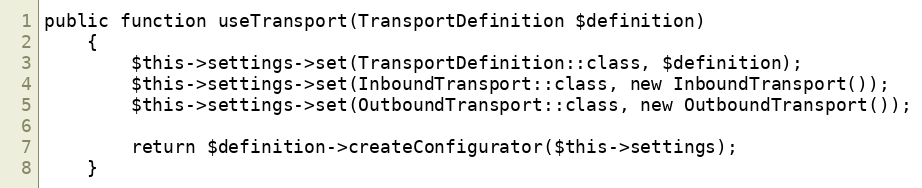
Language: PHP
public function useTransport(TransportDefinition $definition)
    {
        $this->settings->set(TransportDefinition::class, $definition);
        $this->settings->set(InboundTransport::class, new InboundTransport());
        $this->settings->set(OutboundTransport::class, new OutboundTransport());

        return $definition->createConfigurator($this->settings);
    }